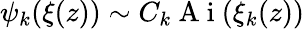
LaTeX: \psi_{k}(\xi(z))\sim C_{k}\mathrm{~A~i~}(\xi_{k}(z))